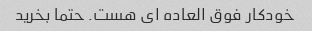
خودکار فوق العاده ای هست. حتما بخرید